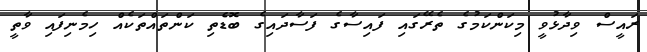
ރައީސް ވިދާޅުވީ މިކަންކަމުގެ ތެރޭގައި ފައިސާގެ ފަސާދައިގެ ބޮޑެތި ކަންތައްތަކެއް ހިމެނިފައި ވާތީ